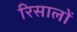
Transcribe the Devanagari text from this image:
रिसालों